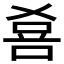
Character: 𱓎